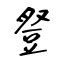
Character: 豋